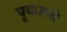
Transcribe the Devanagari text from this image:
पूकारते